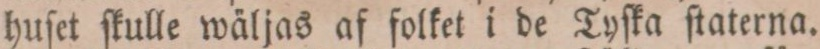
huſetſkulle wäljas af folket i de Tyſka ſtaterna.